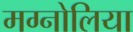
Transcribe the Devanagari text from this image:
मग्नोलिया